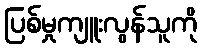
ပြစ်မှုကျူးလွန်သူကို